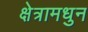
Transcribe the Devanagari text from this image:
क्षेत्रामधुन